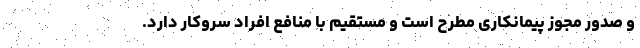
و صدور مجوز پیمانکاری مطرح است و مستقیم با منافع افراد سروکار دارد.